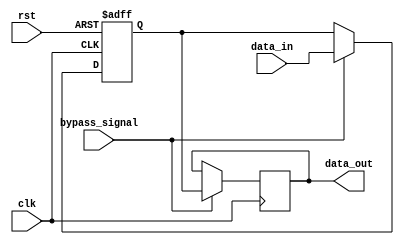
module Simple_Bypass_Register (
    input wire clk,
    input wire rst,
    input wire bypass_signal,
    input wire [7:0] data_in,
    output reg [7:0] data_out
);

reg [7:0] bypass_reg;

always @(posedge clk or posedge rst) begin
    if (rst) begin
        bypass_reg <= 8'b0;
    end else begin
        if (bypass_signal) begin
            bypass_reg <= data_in;
        end
    end
end

always @(posedge clk) begin
    if (bypass_signal) begin
        data_out <= bypass_reg;
    end
end

endmodule